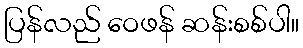
ပြန်လည် ဝေဖန် ဆန်းစစ်ပါ။